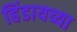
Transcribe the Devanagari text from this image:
हिंडायच्या